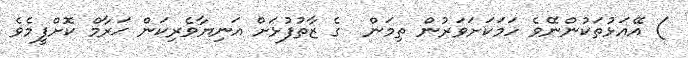
) އޭއަޅުތަކުންނޭވެ ހަމަކަށަވަރުން ތިމަން  ގެ ޒާތުފުޅަށް އަނިޔާވެރިކަން ޙަރާމް ކޮށްފީމެވެ